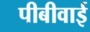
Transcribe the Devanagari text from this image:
पीबीवाई